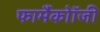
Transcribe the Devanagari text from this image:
फार्मैकोॉजी